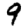
Digit: 9